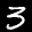
Label: 3